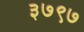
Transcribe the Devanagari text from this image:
३७९७